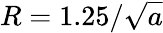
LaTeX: R=1.25/\sqrt{a}